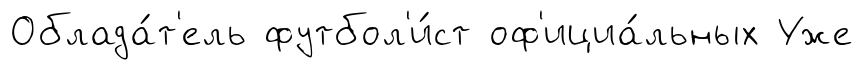
Облада́т'ель футбол'и́ст оф'ициа́льных Уже